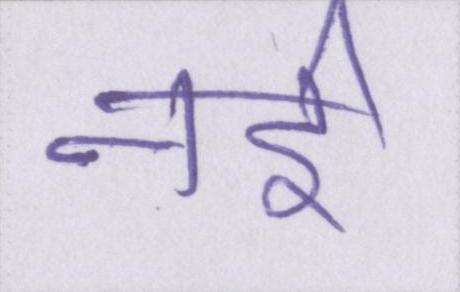
नर्इ